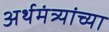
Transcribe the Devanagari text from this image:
अर्थमंत्र्यांच्या